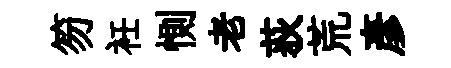
笏衽惻老荻荒彥